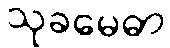
သုခမေဓာ